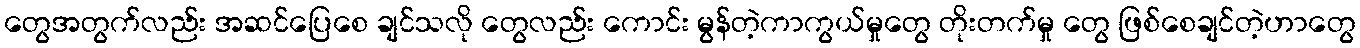
တွေအတွက်လည်း အဆင်ပြေစေ ချင်သလို တွေလည်း ကောင်း မွန်တဲ့ကာကွယ်မှုတွေ တိုးတက်မှု တွေ ဖြစ်စေချင်တဲ့ဟာတွေ